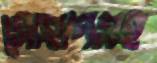
সোহাগসহ